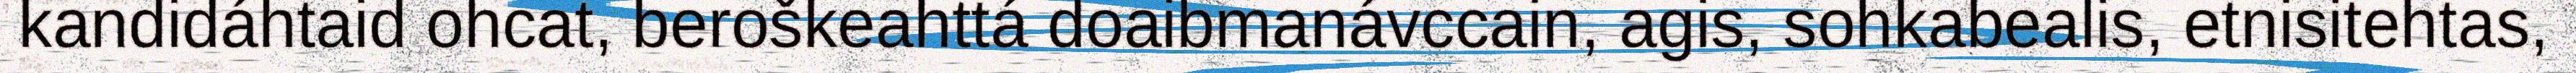
kandidáhtaid ohcat, beroškeahttá doaibmanávccain, agis, sohkabealis, etnisitehtas,